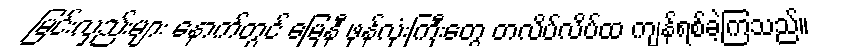
မြင်းလှည်းများ နောက်တွင် မြေနီ ဖုန်လုံးကြီးတွေ တလိပ်လိပ်ထ ကျန်ရစ်ခဲ့ကြသည်။